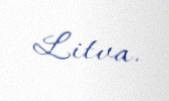
Litva.